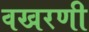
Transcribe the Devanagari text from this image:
वखरणी